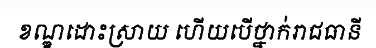
ខណ្ឌដោះស្រាយ ហើយបើថ្នាក់រាជធានី